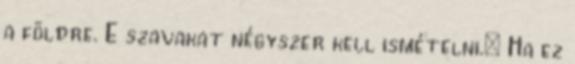
a földre. E szavakat négyszer kell ismételni.» Ha ez